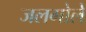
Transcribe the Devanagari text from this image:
जलगोले